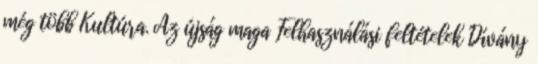
még több Kultúra. Az újság maga Felhasználási feltételek Dívány